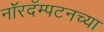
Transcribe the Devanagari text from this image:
नॉरदॅम्पटनच्या